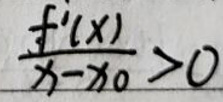
\(\frac { f ^ { \prime } ( x ) } { x - x _ { 0 } } > 0\)